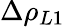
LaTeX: \Delta\rho_{L1}